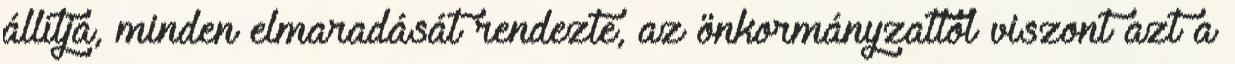
állítja, minden elmaradását rendezte, az önkormányzattól viszont azt a